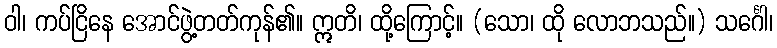
ဝါ၊ ကပ်ငြိနေ အောင်ဖွဲ့တတ်ကုန်၏။ ဣတိ၊ ထို့ကြောင့်။ (သော၊ ထို လောဘသည်။) သင်္ဂေါ၊